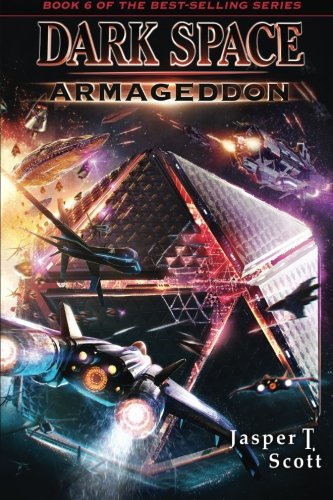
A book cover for Dark Space (Book 6): Armageddon; Jasper T. Scott; Science Fiction & Fantasy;